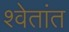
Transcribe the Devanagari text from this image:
श्वेतांत